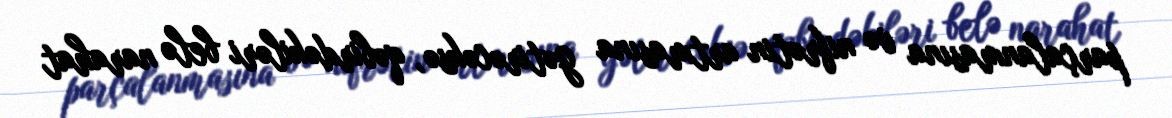
parçalanmasına və nifrətin artmasına gətirəcəksə, qəbirdəkiləri belə narahat